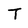
Character: T